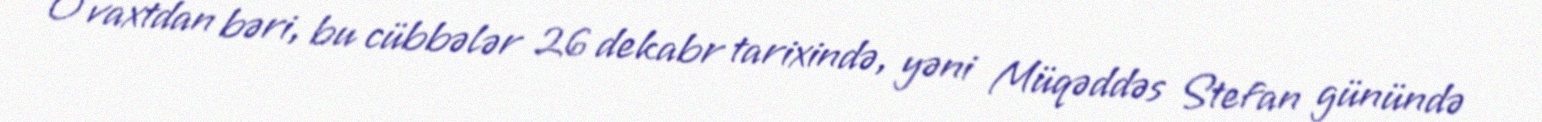
O vaxtdan bəri, bu cübbələr 26 dekabr tarixində, yəni Müqəddəs Stefan günündə